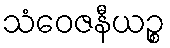
သံဝေဇနီယဉ္စ